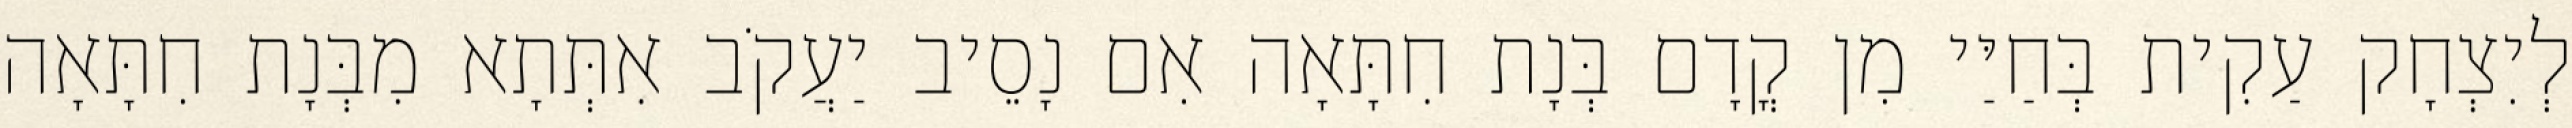
לְיִצְחָק עַקִית בְּחַיַּי מִן קֳדָם בְּנָת חִתָּאָה אִם נָסֵיב יַעֲקֹב אִתְּתָא מִבְּנָת חִתָּאָה